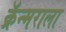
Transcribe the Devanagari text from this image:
क्रॅन्मराला